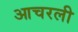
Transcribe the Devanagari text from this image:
आचरली